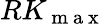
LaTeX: RK_{\mathrm{~m~a~x~}}